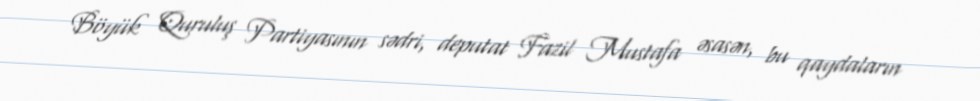
Böyük Quruluş Partiyasının sədri, deputat Fazil Mustafa əsasən, bu qaydaların